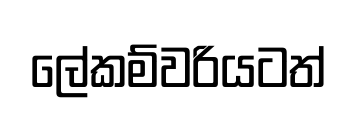
ලේකම්වරියටත්